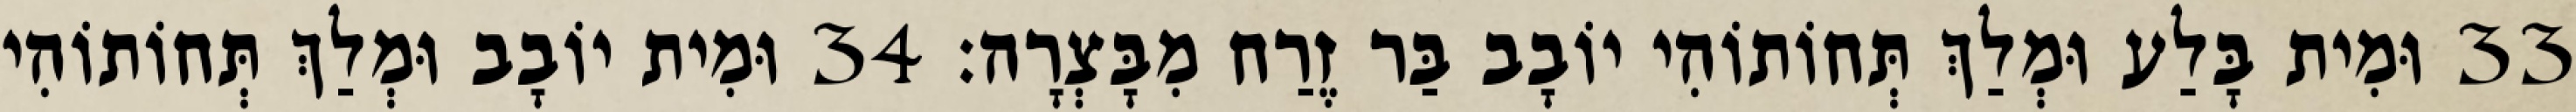
33 וּמִית בָּלַע וּמְלַךְ תְּחוֹתוֹהִי יוֹבָב בַּר זֶרַח מִבָּצְרָה׃ 34 וּמִית יוֹבָב וּמְלַךְ תְּחוֹתוֹהִי